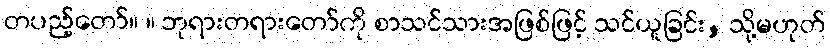
တပည့်တော်။ ။ ဘုရားတရားတော်ကို စာသင်သားအဖြစ်ဖြင့် သင်ယူခြင်း, သို့မဟုတ်